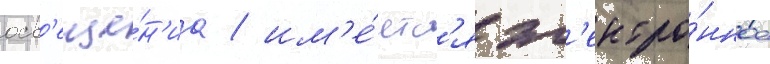
осв'еще́н'иа / им'е́етс'я эл'ектро́нное